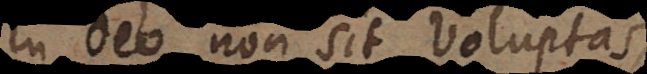
in Deo non sit voluptas,